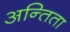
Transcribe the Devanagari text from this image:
अन्तिता